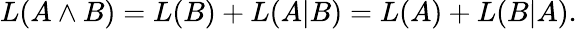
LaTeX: L(A\land B)=L(B)+L(A|B)=L(A)+L(B|A).